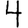
Digit: 4